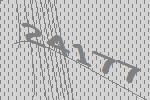
24177